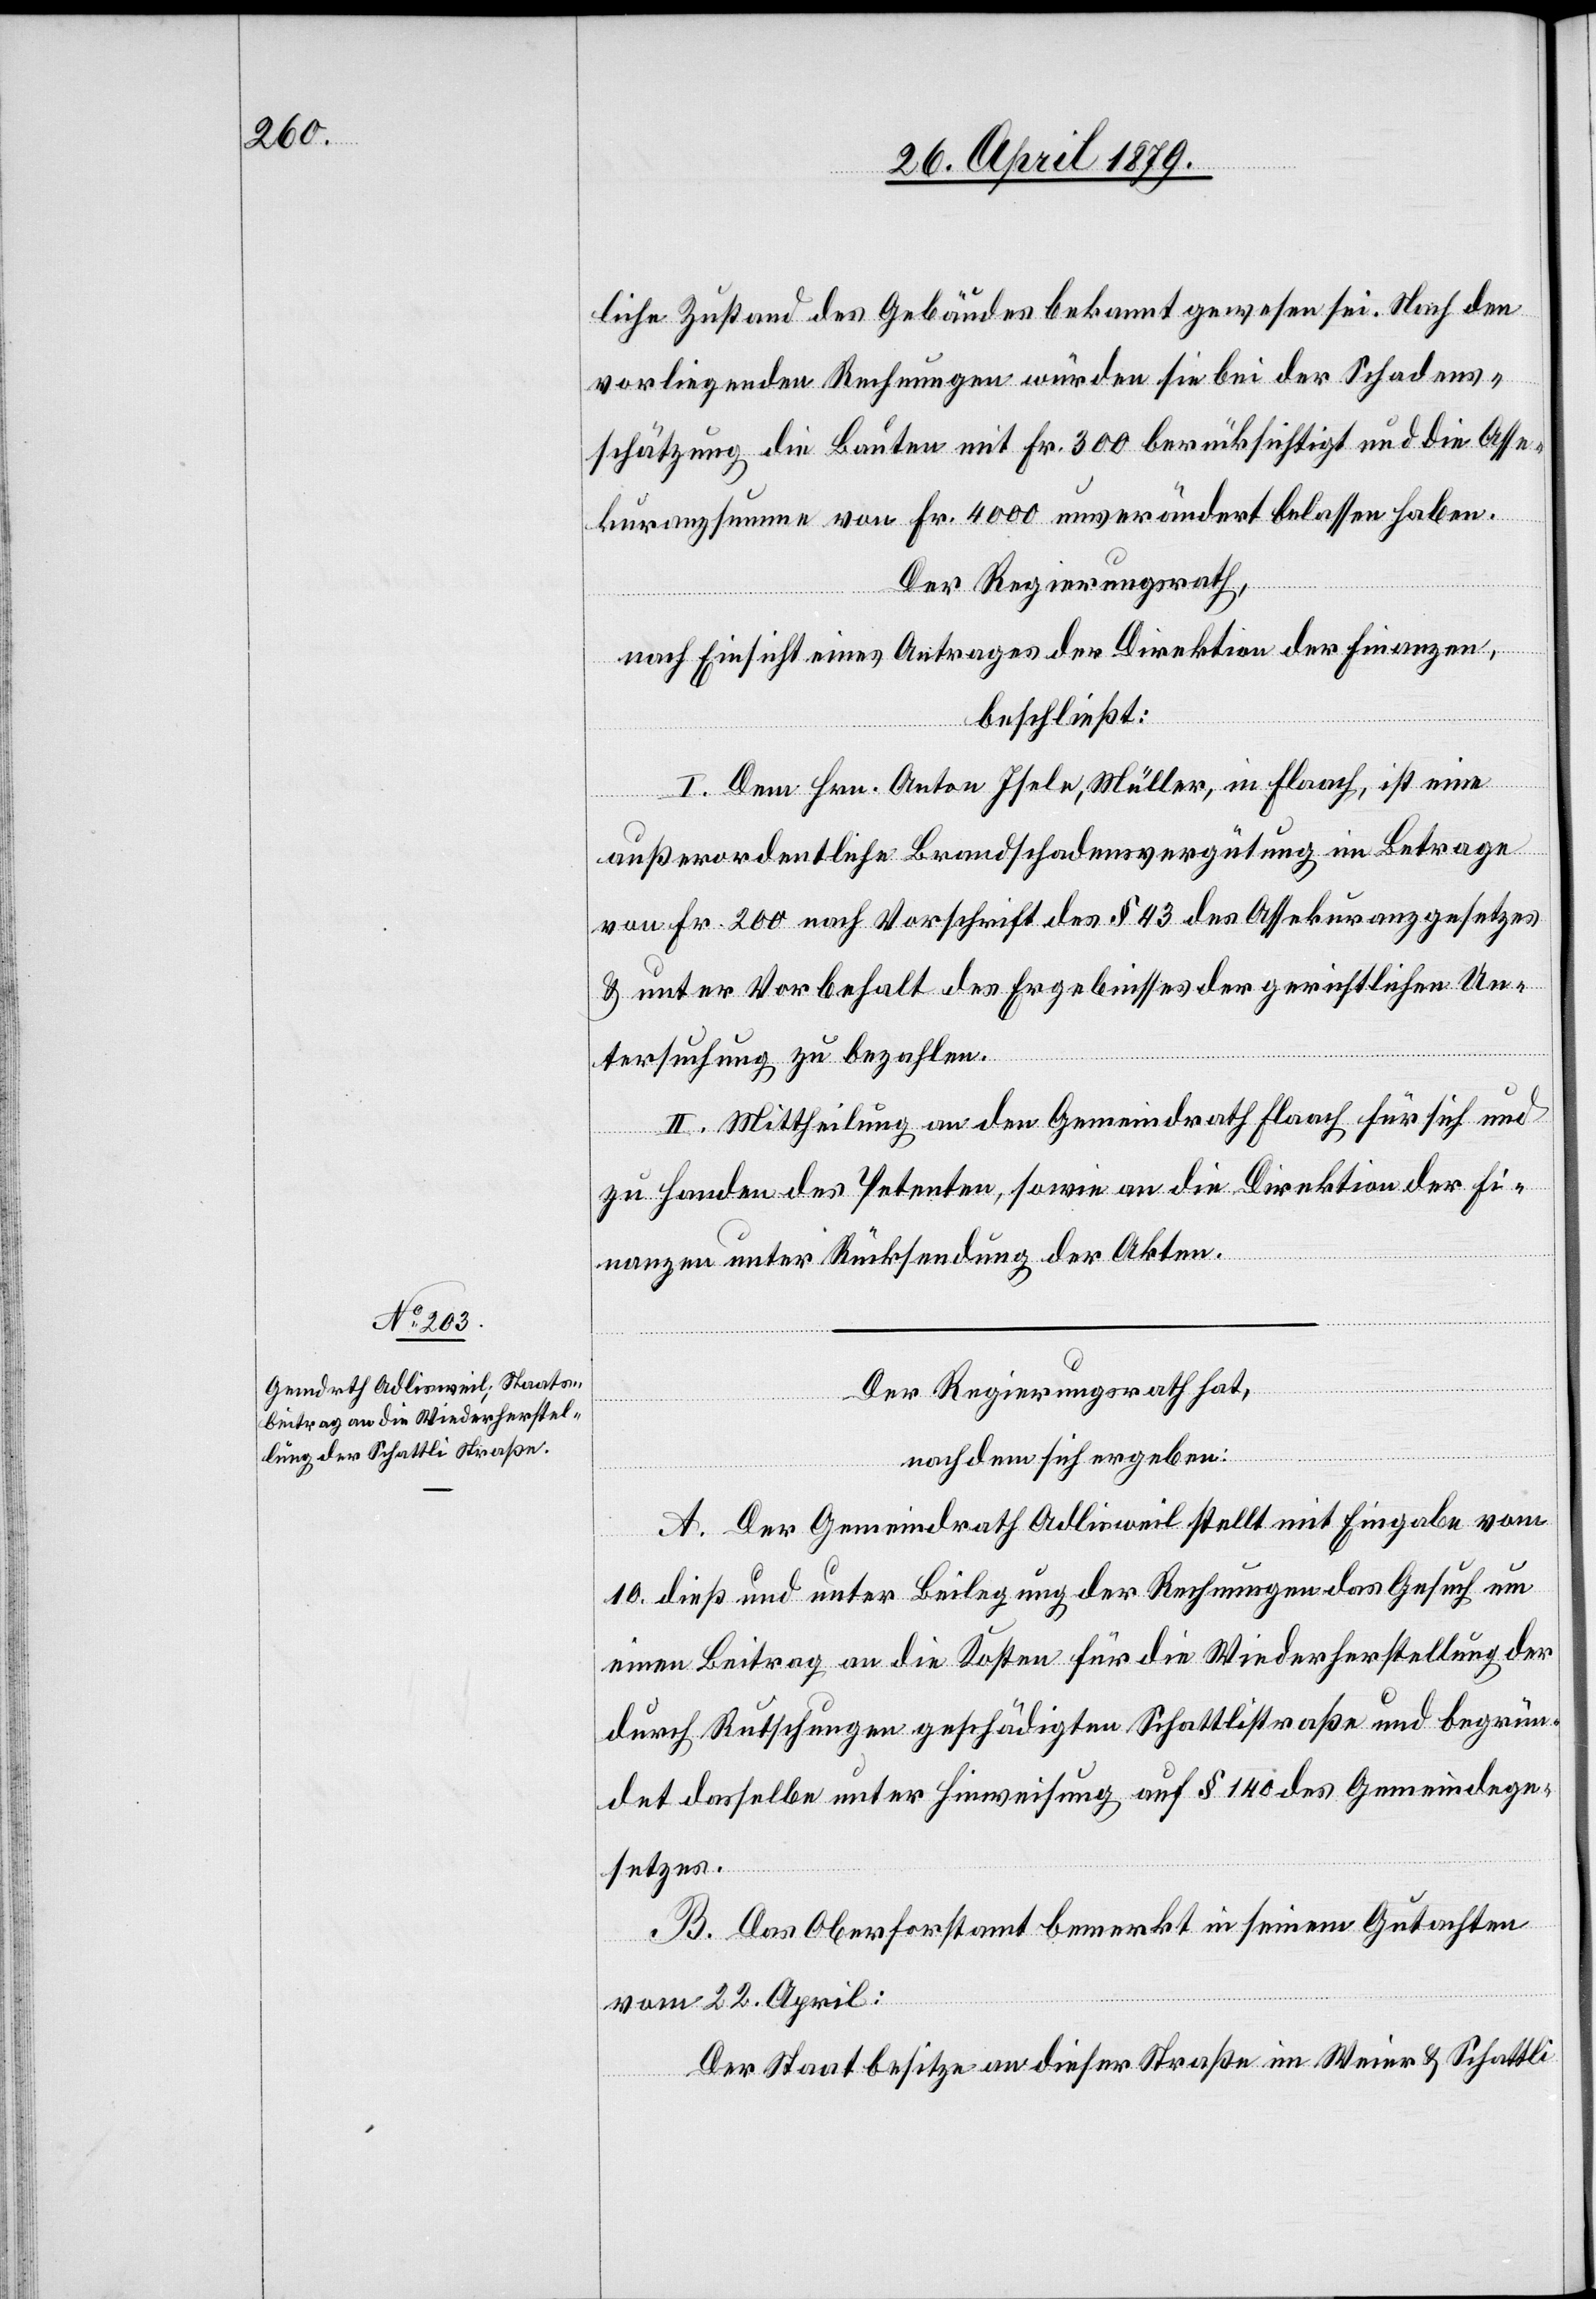
liche Zustand des Gebäudes bekannt gewesen sei. Nach den
vorliegenden Rechnungen würden sie bei der Schadens¬
schätzung die Bauten mit Fr. 300 berücksichtigt und die Asse¬
kuranzsumme von Fr. 4000 unverändert belassen haben.
Der Regierungsrath,
nach Einsicht eines Antrages der Direktion der Finanzen,
beschließt:
I. Dem Hrn. Anton Isele, Müller, in Flaach, ist eine
außerordentliche Brandschadensvergütung im Betrage
von Fr. 200 nach Vorschrift des § 43 des Assekuranzgesetzes
& unter Vorbehalt des Ergebnisses der gerichtlichen Un¬
tersuchung zu bezahlen.
II. Mittheilung an den Gemeindrath Flaach für sich und
zu Handen des Petenten, sowie an die Direktion der Fi¬
nanzen unter Rücksendung der Akten.
Der Regierungsrath hat,
nachdem sich ergeben:
A. Der Gemeindrath Adlisweil stellt mit Eingabe vom
10. dieß und unter Beilegung der Rechnungen das Gesuch um
einen Beitrag an die Kosten für die Wiederherstellung der
durch Rutschungen geschädigten Schattlistraße und begrün¬
det dasselbe unter Hinweisung auf § 140 des Gemeindege¬
setzes.
B. Das Oberforstamt bemerkt in seinem Gutachten
vom 22. April:
Der Staat besitze an dieser Straße im Weier & Schattli